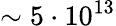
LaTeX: \sim 5\cdot 10^{13}